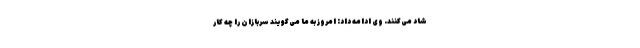
شاد می‌کنند. وی ادامه داد: امروز به ما می‌گویند سربازان را چه کار